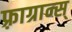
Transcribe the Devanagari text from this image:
फ़्राग्रान्स्